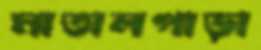
মাতালপাড়া